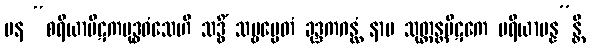
ပန “စရိယာပိဋကဗုဒ္ဓဝံသေဟိ သဒ္ဓိံ သဗ္ဗမ္ပေတံ ခုဒ္ဒကဂန္ထံ နာမ သုတ္တန္တပိဋကေ ပရိယာပန္န”န္တိ